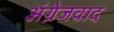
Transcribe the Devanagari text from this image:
अंग्रेजवाद